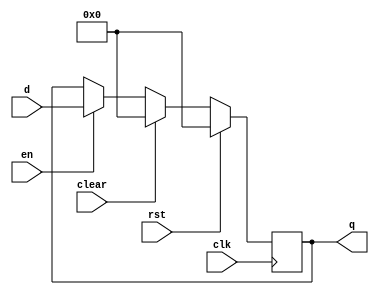
`timescale 1ns / 1ps

// Flip-flop with enable, reset (rst), and clear signals
module flopenrc #(parameter WIDTH = 8)(
    input wire clk,     // Clock signal
    input wire rst,     // Reset signal
    input wire en,      // Enable signal
    input wire clear,   // Clear signal
    input wire [WIDTH-1:0] d,  // Data input
    output reg [WIDTH-1:0] q   // Data output
);

always @(posedge clk) begin
    if (rst) begin
        q <= 0;  // Reset: Set q to 0
    end else if (clear) begin
        q <= 0;  // Clear: Set q to 0
    end else if (en) begin
        /* Code */  // When enable signal is high, assign the input data d to q
        q <= d;
    end
end

endmodule